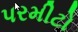
પરમીટો